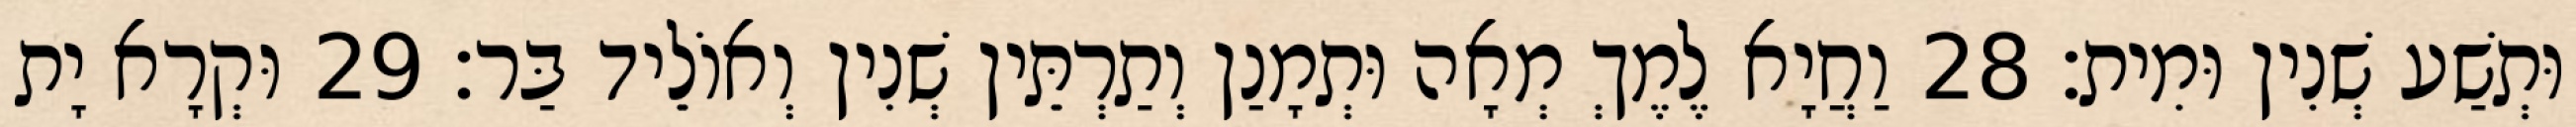
וּתְשַׁע שְׁנִין וּמִית׃ 28 וַחֲיָא לֶמֶךְ מְאָה וּתְמָנַן וְתַרְתֵּין שְׁנִין וְאוֹלֵיד בַּר׃ 29 וּקְרָא יָת